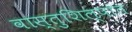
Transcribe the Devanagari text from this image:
वास्तुशिल्पांत